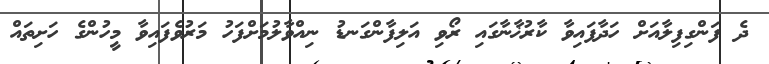
ދެ ފަންގިފިލާއަށް ހަދާފައިވާ ކާރުޚާނާގައި ރޯވި އަލިފާންގަނޑު ނިއްވާލުމަށްފަހު މަރުވެފައިވާ މީހުންގެ ހަށިތައް